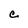
Character: e